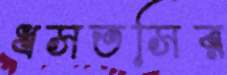
ধসতসির